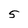
Character: 5